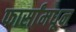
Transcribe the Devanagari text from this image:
फार्सांमधून